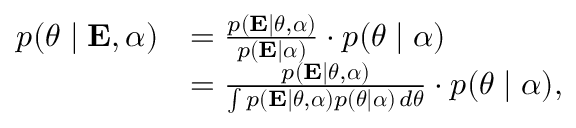
{ \begin{array} { r l } { p ( { \boldsymbol { \theta } } \mid \mathbf { E } , { \boldsymbol { \alpha } } ) } & { = { \frac { p ( \mathbf { E } \mid { \boldsymbol { \theta } } , { \boldsymbol { \alpha } } ) } { p ( \mathbf { E } \mid { \boldsymbol { \alpha } } ) } } \cdot p ( { \boldsymbol { \theta } } \mid { \boldsymbol { \alpha } } ) } \\ & { = { \frac { p ( \mathbf { E } \mid { \boldsymbol { \theta } } , { \boldsymbol { \alpha } } ) } { \int p ( \mathbf { E } \mid { \boldsymbol { \theta } } , { \boldsymbol { \alpha } } ) p ( { \boldsymbol { \theta } } \mid { \boldsymbol { \alpha } } ) \, d { \boldsymbol { \theta } } } } \cdot p ( { \boldsymbol { \theta } } \mid { \boldsymbol { \alpha } } ) , } \end{array} }